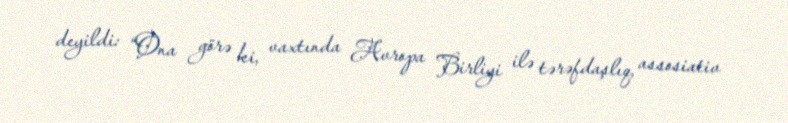
deyildi: “Ona görə ki, vaxtında Avropa Birliyi ilə tərəfdaşlıq, assosiativ